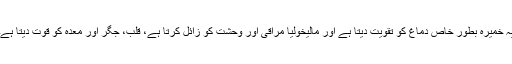
یہ خمیرہ بطور خاص دماغ کو تقویت دیتا ہے اور مالیخولیا مراقی اور وحشت کو زائل کرتا ہے، قلب، جگر اور معدہ کو قوت دیتا ہے۔